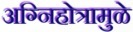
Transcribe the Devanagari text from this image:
अग्निहोत्रामुळे